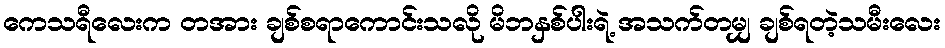
ကေသရီလေးက တအား ချစ်စရာကောင်းသလို မိဘနှစ်ပါးရဲ့ အသက်တမျှ ချစ်ရတဲ့သမီးလေး